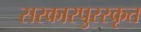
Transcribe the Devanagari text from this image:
सरकारपुरस्कृत